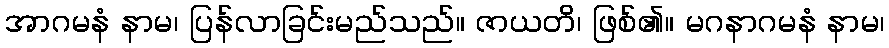
အာဂမနံ နာမ၊ ပြန်လာခြင်းမည်သည်။ ဇာယတိ၊ ဖြစ်၏။ မဂနာဂမနံ နာမ၊